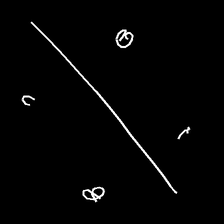
Glyph: cool